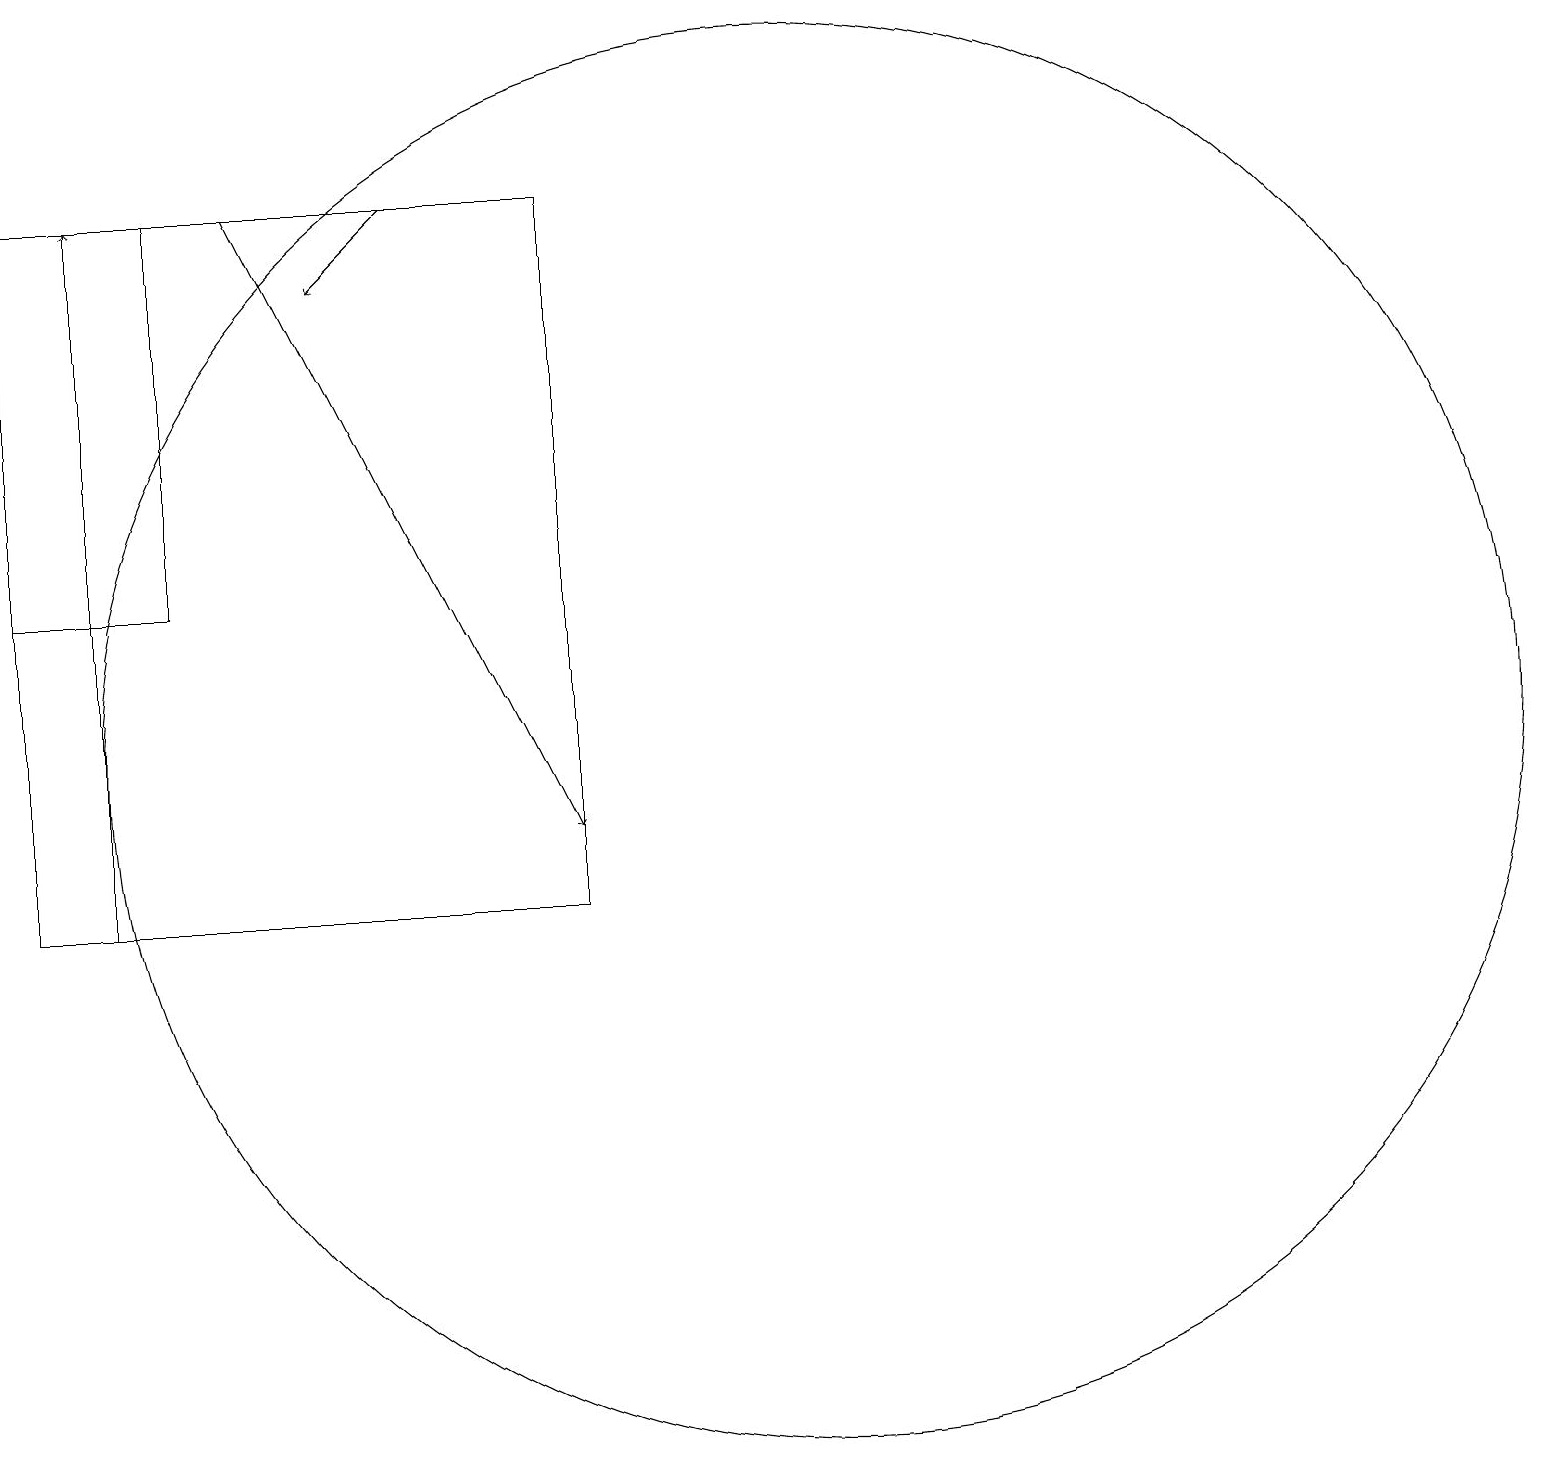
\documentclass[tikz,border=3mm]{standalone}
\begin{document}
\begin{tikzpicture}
\draw[->] (5,19) -- (4,18);
\draw[->] (1,10) -- (1,19);
\draw (10,12) circle (9);
\draw[->] (3,19) -- (7,11);
\draw (0,19) rectangle (2,14);
\draw (0,10) rectangle (7,19);
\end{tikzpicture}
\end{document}